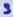
Text: 3